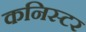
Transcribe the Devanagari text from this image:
कनिस्टर